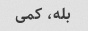
بله، کمی